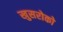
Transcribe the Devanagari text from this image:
खुसरोको